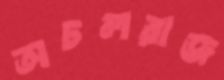
অচলরাজ